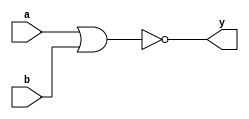
module nor_glvl(output y, input a,b);
nor(y,a,b);
endmodule

module nor_dlvl(output y, input a,b);
assign y = ~(a|b);
endmodule